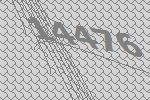
14476